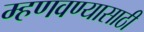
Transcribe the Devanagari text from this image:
म्हणवण्यासाठी